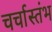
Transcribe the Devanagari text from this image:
चर्चास्तंभ